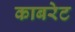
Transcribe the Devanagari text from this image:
काबरेट